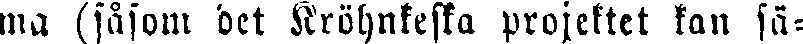
ma (såsom det Kröhnkeska projektet kan sä-